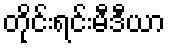
တိုင်းရင်းမီဒီယာ